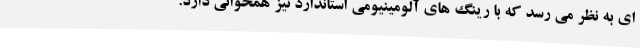
ای به نظر می رسد که با رینگ های آلومینیومی استاندارد نیز همخوانی دارد.